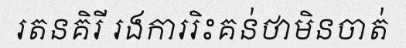
រតនគិរី រងការរិះគន់ថាមិនចាត់